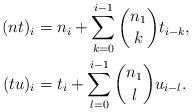
LaTeX: \begin{align*} (nt)_i&=n_i+\sum_{k=0}^{i-1}\binom{n_1}{k}t_{i-k},\\ (tu)_i&=t_i+\sum_{l=0}^{i-1}\binom{n_1}{l}u_{i-l}. \end{align*}